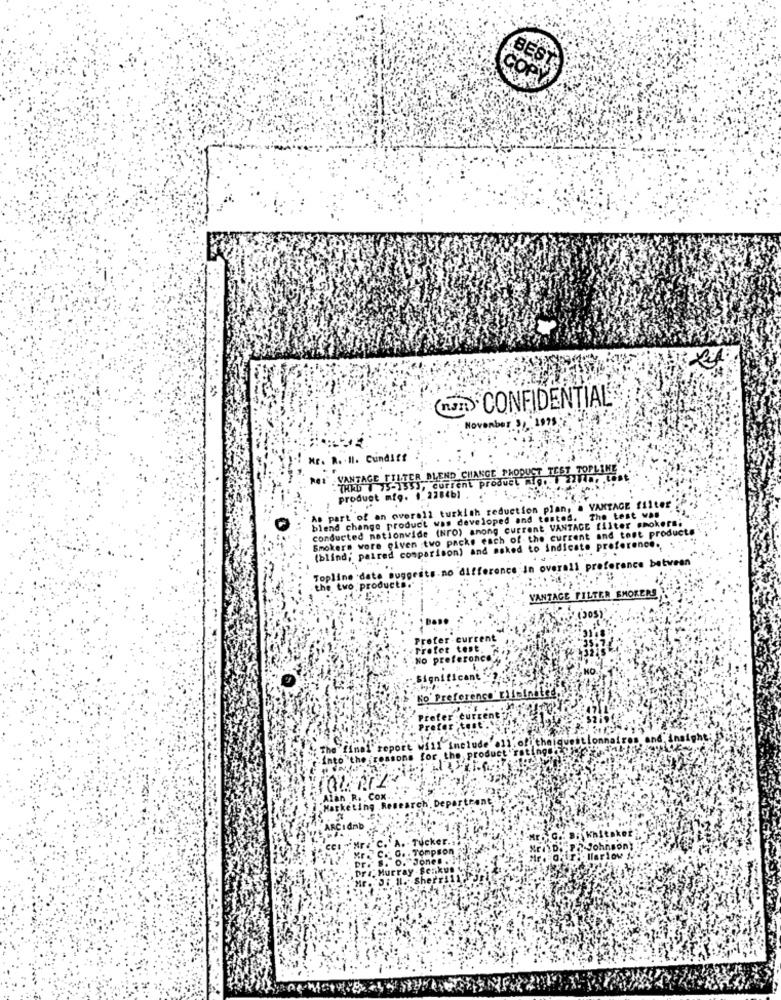
BEST
(mn). CONFIDENTIAL
November 3, 1995
Mr. R. Il. Cundiff
- THIGT LYCR BLEND CHANGE PHOOUCT TEST TOPLINE
current product ig.
As part of an overall turkish reduction plan, a VANTAGE filter
product mio.
34b1 .
The test was
blend change product was developed and tested.
conducted nationwide (NrO) among current VANTAGE filter smokers.
Smokers were given two packs each of the current and tost products
(blind; paired comparison) and asked to indicate preference.
Topline date suggests.no difference in overall preference between
the two produc
VANTAGE FILTER SMOKERS
Prefer-current
Prefer test.
No preferoncey
Significant
No Preference'
will include'
repor
for the product
. Cox
arch', Departren